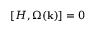
[ H , \Omega ( { \bf k } ) ] = 0